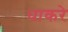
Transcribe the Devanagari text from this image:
धाकरे